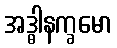
အဒ္ဓါနက္ခမော